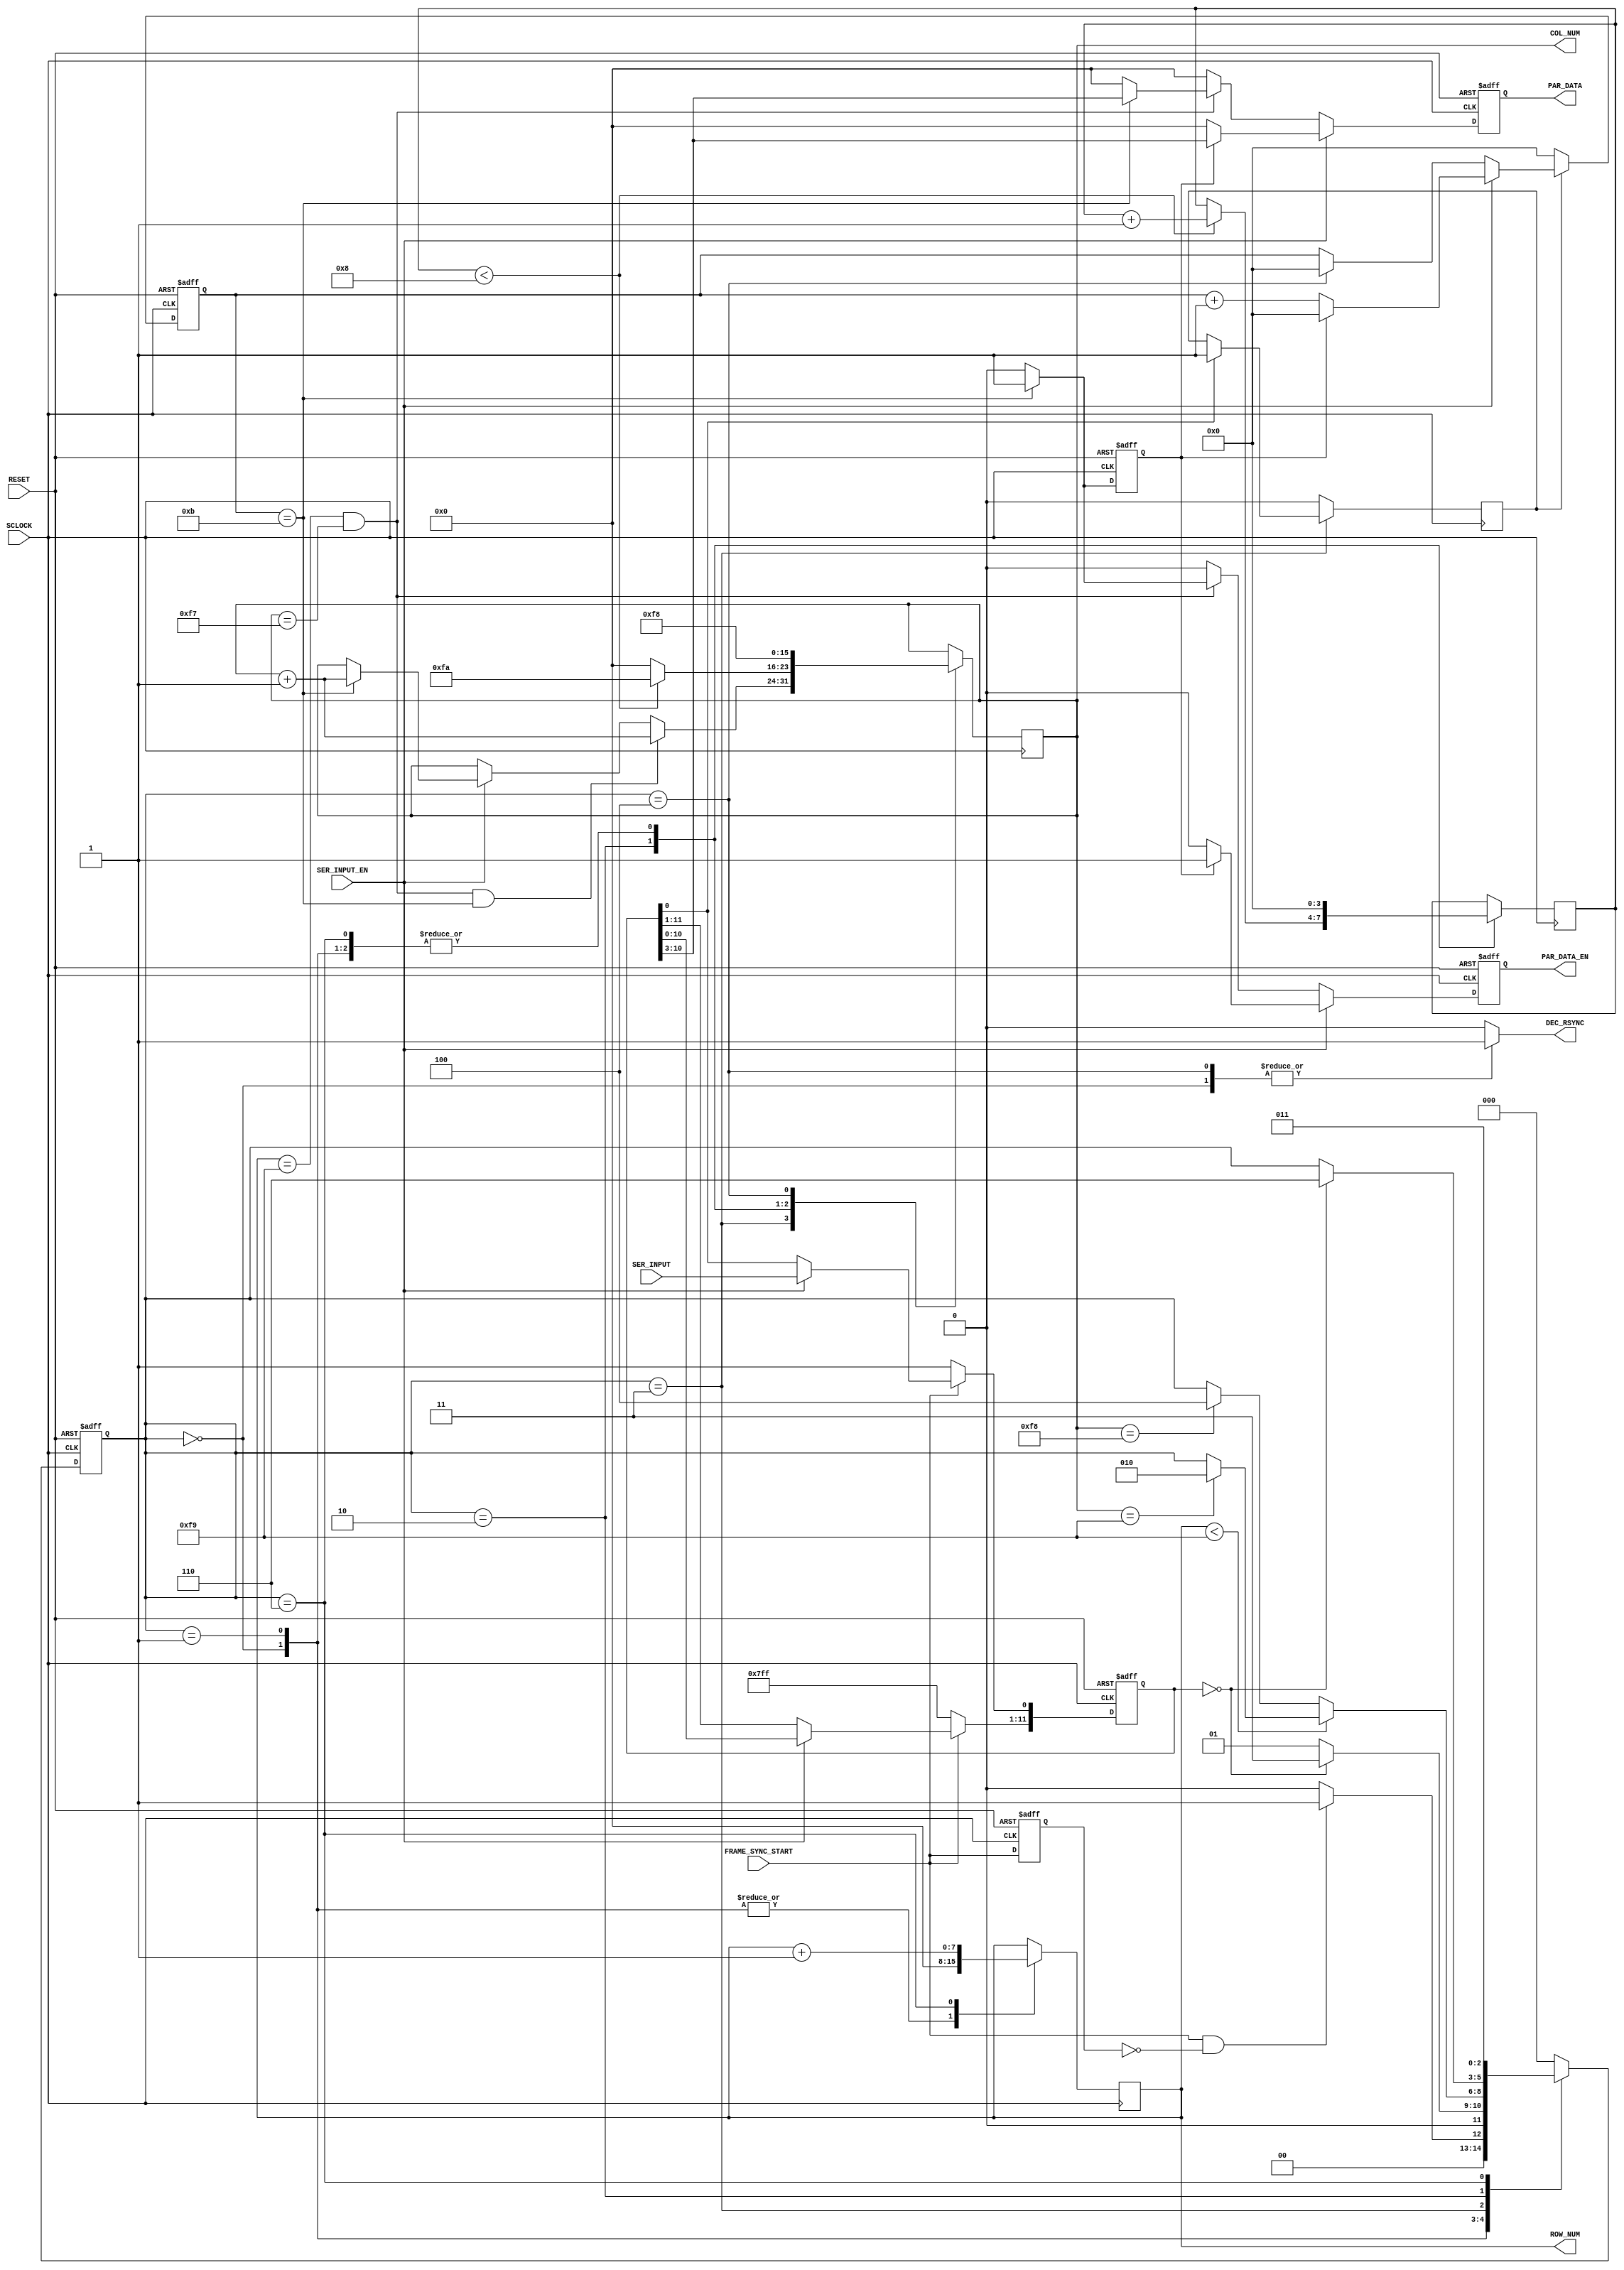
module RX_DESERIALIZER(
	input wire SCLOCK,
	input wire RESET,		
	input wire FRAME_SYNC_START,
	input wire SER_INPUT,                                  //-- serial input data
   input wire SER_INPUT_EN,                               //  -- input data valid
	
	output wire[7:0] COL_NUM,
	output wire[7:0] ROW_NUM,
	output wire[7:0] PAR_DATA,
	output reg PAR_DATA_EN,
   output reg DEC_RSYNC                                  //-- resynchronize decoder
	

	
);


parameter C_INPUT_EN_CNT_WIDTH=8;
parameter[C_INPUT_EN_CNT_WIDTH-1 : 0] C_INPUT_EN_CNT_END=255;
parameter CNT_3PP=36;
parameter C_ROWS=250;
parameter C_COWS=250;

reg[11:0] I_SREG;

reg I_BIT_CNT_EN;
reg[3:0] I_BIT_CNT;
reg I_OUTREG_LOAD;
reg I_OUTREG_LOAD1;
reg I_PIXEL_ERROR;
reg[7:0] I_COL_CNT=0;
reg[7:0] I_ROW_CNT=0;

reg[11:0] I_OUTPUT;
reg[7:0] P_DATA;
//reg[15:0] prefix=16'h3ff;




reg I_OUTPUT_EN;
reg I_LINE_END;
reg[C_INPUT_EN_CNT_WIDTH-1:0] I_INPUT_EN_CNT;
reg I_FRAME_START_PULSE;

reg[5:0]cnt_3pp=0;
/*-------------------------------------------------------------------------------
-------------------*****---SREG_EVAL---*******---------------------------------
-- shift register
--------------------------------------------------------------------------------*/
always@(posedge SCLOCK or negedge RESET)
begin
  if (RESET == 0) 
    begin I_SREG <= 12'b111111111111; end
  else 
	 begin
	 if(FRAME_SYNC_START==1'b0)
		 begin
			I_SREG <= 12'b111111111111;
		 end
	 else
		 begin
			 if (SER_INPUT_EN == 1)
				 begin
					I_SREG[11:1] <= I_SREG[10:0];
					I_SREG[0] <= SER_INPUT;
				 end
			 else
				I_SREG <= I_SREG;
		 end
	 end
end


reg frame_start=0;
always@(posedge SCLOCK or negedge RESET)		
begin
  if (RESET == 1'b0) 
		begin frame_start<=1'b0; end
  else 
		begin frame_start<=FRAME_SYNC_START; end
end





reg tesla=1'b0/* synthesis noprune */;
always@(posedge SCLOCK or negedge RESET)
begin
	 if (RESET == 1'b0) 
		tesla<=1'b0;
	else
	begin
		if((I_SREG[11]==1'b1)&(I_SREG[0]==1'b0))
			tesla<=1'b1;
		else
			tesla<=1'b0;
	end
end




/*******************************************************************************
---------------------------------------------------------------
--FSM for data receiving--------
---------------------------------------------------------------
*******************************************************************************/

/*------state machine--------*/
parameter IDLE=3'b000;  			//waiting for frame start 
parameter FR_START=3'b001;			//frame start received
parameter LINE_VALID=3'b011;		//waiting until one row was completely received
parameter LINE_SYNC=3'b010;		//waiting for line sync(3pp)
parameter INC_ROW_CNT=3'b110;		//increment row counter
parameter FRAME_END=3'b100;		//complete frame received,switch to IDLE


reg[2:0] I_C_STATE,I_N_STATE;



/*************REG****************/
always@(posedge SCLOCK or negedge RESET)
begin
  if (RESET == 1'b0) 
		I_C_STATE <= IDLE;
	else
		I_C_STATE <= I_N_STATE;
end


/*************state transation****************/
always@(I_C_STATE,frame_start,FRAME_SYNC_START,I_SREG)
	begin
		case(I_C_STATE)
		IDLE:
		begin
			DEC_RSYNC <= 1;
			if((FRAME_SYNC_START==1)&(frame_start==0))   //if FRAME_SYNC_START rising edge waiting for  frame start 
 				I_N_STATE <= FR_START;
			else
				I_N_STATE <= IDLE;	
		end
	
		FR_START:
		begin
			DEC_RSYNC <= 0;
			if(I_SREG==12'b000000000000)		//if I_SREG==12'b000000000000 3pp detected, go to pixel data collecting
				I_N_STATE <= LINE_VALID;
			else
				I_N_STATE <= FR_START;
			
		end	
		
		LINE_VALID:
		begin
			DEC_RSYNC <= 0;
			if(I_ROW_CNT<(C_ROWS-1))//if con_zero rising edge (1pp start)
				begin
					if(I_COL_CNT==(C_COWS-1))
						I_N_STATE <= LINE_SYNC;
					else
						I_N_STATE <= I_C_STATE;
				end
			else
				begin
					if(I_COL_CNT==(C_ROWS-2))
						I_N_STATE <= FRAME_END;
					else
						I_N_STATE <= I_C_STATE;
				end
		end
		
		LINE_SYNC:							//if cnt_1pp=153 start the uptream process
		begin
			DEC_RSYNC <= 0;
			if(I_SREG==12'b000000000000)
				I_N_STATE <= INC_ROW_CNT;
			else
				I_N_STATE <= I_C_STATE;
		end
		
		INC_ROW_CNT:
		begin		
			DEC_RSYNC <= 0;
			I_N_STATE <= LINE_VALID;
		end
			
		FRAME_END:								//if uptream process finished go to s_frame_sync counting 6000
		begin
			I_N_STATE <= IDLE;
			DEC_RSYNC <= 1;
		end
		
		default:begin I_N_STATE <= IDLE; DEC_RSYNC <= 0; end
		endcase
	end


/*************state output****************/
reg[3:0] cnt_l=0;

always@(posedge SCLOCK)
begin
	case(I_C_STATE)
	IDLE:
	begin
		cnt_l<=0;
		I_BIT_CNT_EN<=1'b0;
		I_ROW_CNT<=0;
		I_COL_CNT<=0;
	end
	
	FR_START:
	begin
		cnt_l<=0;
		I_COL_CNT<=0;
		I_ROW_CNT<=0;
		I_BIT_CNT_EN<=1'b0;
	end
	
	LINE_VALID:
	begin
		if(I_SREG[0]==1'b1)
		begin
			I_BIT_CNT_EN<=1'b1;
		end
		else
		begin
			I_BIT_CNT_EN<=I_BIT_CNT_EN;
		end
		
					
		if((I_ROW_CNT==(C_ROWS-1))&(I_COL_CNT==(C_ROWS-3))&(I_BIT_CNT==4'd11))
			begin
			I_COL_CNT  <= I_COL_CNT +1'b1;
			end
		else
			begin
				if(SER_INPUT_EN == 1'b1)
					begin
						if(I_BIT_CNT==4'd11)
							begin
								I_COL_CNT <= I_COL_CNT+1'b1;
							end
						else
							begin
								I_COL_CNT <= I_COL_CNT;
							end
					end
				else
					begin
						I_COL_CNT <= I_COL_CNT;
					end
			end
			
			
	end
	
	LINE_SYNC:
	begin
		I_BIT_CNT_EN<=1'b0;		
		I_ROW_CNT<=I_ROW_CNT;
		/*create a delay for appendix pixel fro each row end*/
		
		if(cnt_l<8)
		begin
			cnt_l<=cnt_l+1'b1;
			I_COL_CNT<=250;
		end
		else
		begin
			cnt_l<=cnt_l;
			I_COL_CNT<=0;
		end
	end
	
	INC_ROW_CNT:
	begin
		cnt_l<=0;
		I_COL_CNT<=0;
		I_BIT_CNT_EN<=1'b0;
		I_ROW_CNT <= I_ROW_CNT+1'b1;
	end
	
	FRAME_END:
	begin
		I_COL_CNT<=248;
		I_ROW_CNT<=I_ROW_CNT;
		I_BIT_CNT_EN<=1'b0;
	end
	
	default:begin I_BIT_CNT_EN<=1'b0; end
	endcase
	
end


assign COL_NUM=I_COL_CNT;
assign ROW_NUM=I_ROW_CNT;
//----------------pixel data load_en----------------------

always@(posedge SCLOCK or negedge RESET)
begin
	if (RESET == 1'b0) 
		I_BIT_CNT <= 0;
	else
	begin
		if((I_BIT_CNT_EN==1'b1))
			begin
				if(SER_INPUT_EN == 1'b1)
					if(I_OUTREG_LOAD==1'b1)
						begin
							I_BIT_CNT <= 0;
						end
					else
						begin
							I_BIT_CNT <= I_BIT_CNT+1'b1;
						end
				else
					begin
						if(I_C_STATE==FRAME_END)
							I_BIT_CNT <= 0;
						else
							I_BIT_CNT <= I_BIT_CNT;
					end
			end
		else
			begin
				I_BIT_CNT <= 0;
			end		
	end
end



always@(posedge SCLOCK or negedge RESET)
begin
	if (RESET == 1'b0) 
		begin
			I_OUTREG_LOAD <= 0;
		end
	else
		begin
			if(I_BIT_CNT==4'd11)
			begin
				I_OUTREG_LOAD <= 1'b1;
			end
			else
			begin
				I_OUTREG_LOAD <= 1'b0;
			end
		end
end


/********************************************************************************
--------------------------------------------------------------------------
-----generate parallel output data and output en
---------------------------------------------------------------------------
********************************************************************************/
always@(posedge SCLOCK or negedge RESET)
begin
	if (RESET == 1'b0) 
	begin
		P_DATA <= 0;
		PAR_DATA_EN <= 1'b0;
	end
	else
	begin
	if(SER_INPUT_EN == 1'b1)
		begin
			if(I_OUTREG_LOAD==1'b1)
				begin
					P_DATA <= I_SREG[10:3];
					PAR_DATA_EN <= 1'b1;
				end
			else
				begin
					P_DATA <= 0;
					PAR_DATA_EN <= 1'b0;
				end
		end
	else
	if((I_ROW_CNT==(C_ROWS-1))&(I_COL_CNT==(C_ROWS-3)))
		if(I_BIT_CNT==4'd11)
		begin
			P_DATA <= I_SREG[10:3];
			PAR_DATA_EN <= 1'b1;
		end
		else
		begin
			P_DATA <= 0;
			PAR_DATA_EN <= 1'b0;
		end
	else	
		begin
			P_DATA <= 0;
			PAR_DATA_EN <= 1'b0;
		end
	end
end

assign PAR_DATA=P_DATA;



endmodule